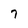
Character: 7